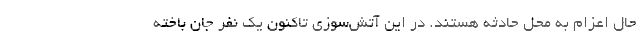
حال اعزام به محل حادثه هستند. در این آتش‌سوزی تاکنون یک نفر جان باخته